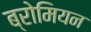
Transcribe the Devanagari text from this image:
ब्रोमियन